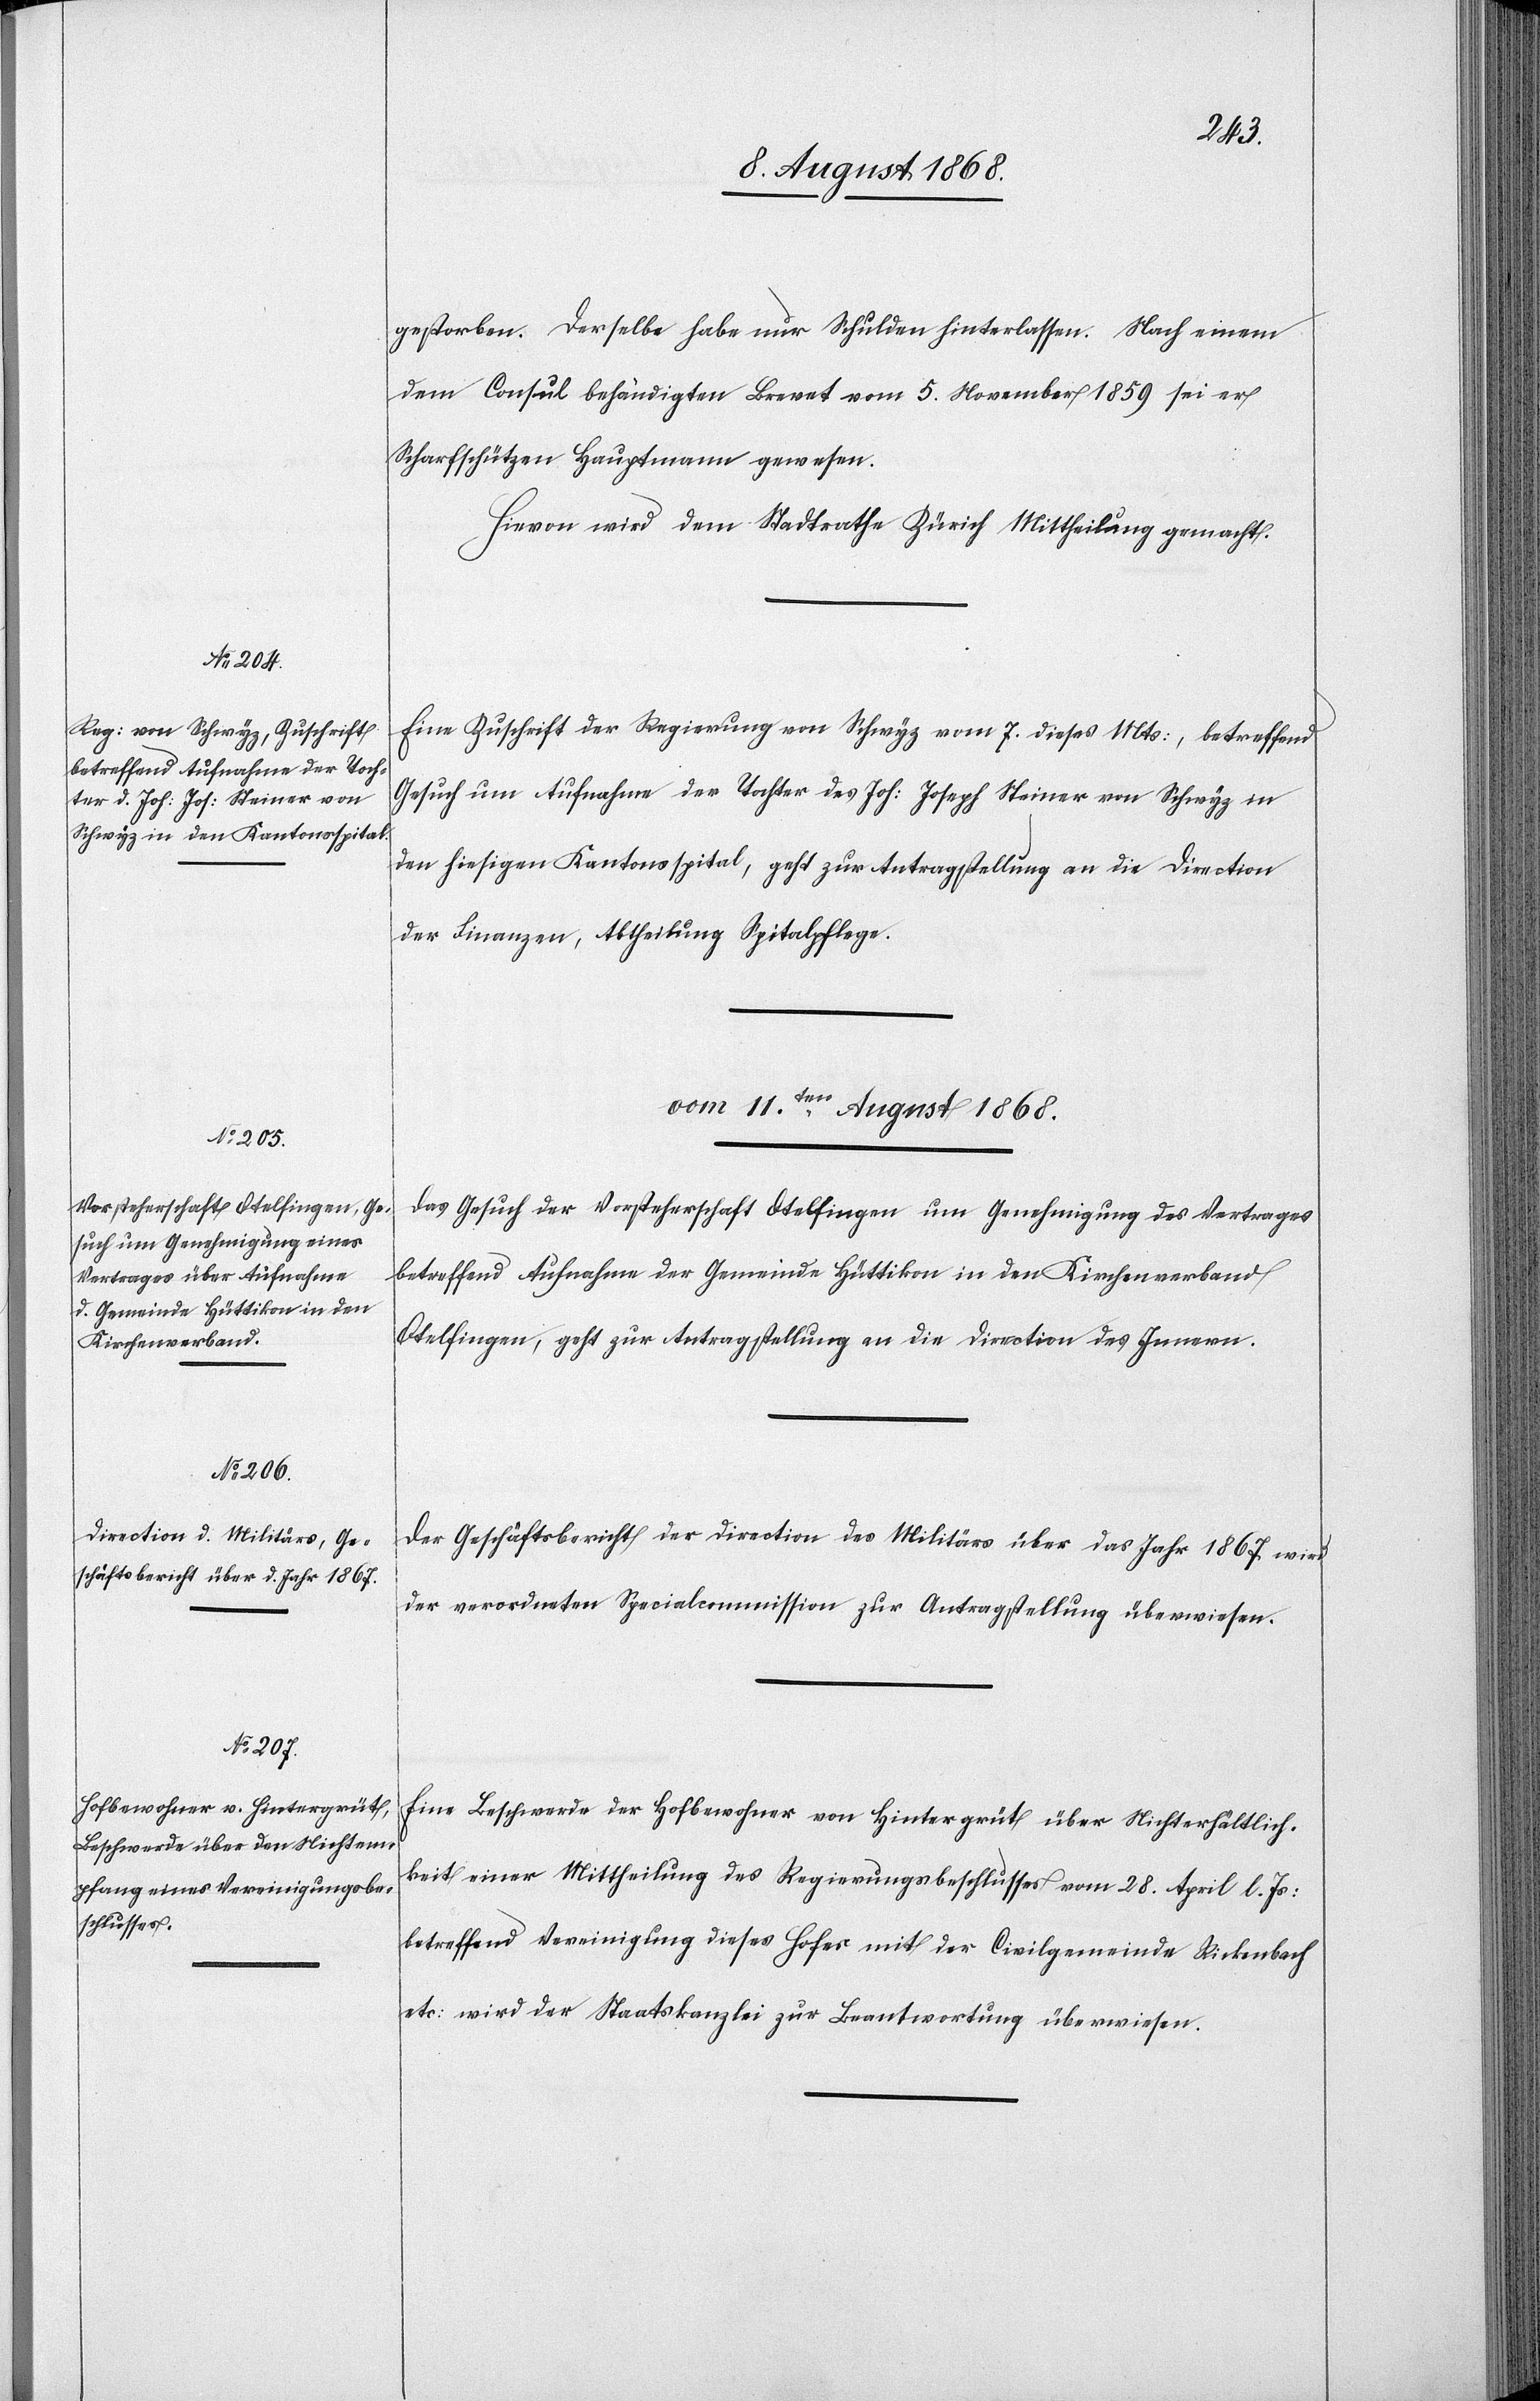
gestorben. Derselbe habe nur Schulden hinterlassen. Nach einem
dem Consul behändigten Brevet vom 5. November 1859 sei er
Scharfschützen Hauptmann gewesen.
Hievon wird dem Stadtrathe Zürich Mittheilung gemacht.
Eine Zuschrift der Regierung von Schwyz vom 7. dieses Mts:, betreffend
Gesuch um Aufnahme der Tochter des Joh: Joseph Steiner von Schwyz in
den hiesigen Kantonsspital, geht zur Antragstellung an die Direction
der Finanzen, Abtheilung Spitalpflege.
vom 11ten. August 1868.]
Das Gesuch der Vorsteherschaft Otelfingen um Genehmigung des Vertrages
betreffend Aufnahme der Gemeinde Hüttikon in den Kirchenverband
Otelfingen, geht zur Antragstellung an die Direction des Innern.
Der Geschäftsbericht der Direction des Militärs über das Jahr 1867 wird
der verordneten Specialcommission zur Antragstellung überwiesen.
Eine Beschwerde der Hofbewohner von Hintergrüt über Nichterhältlich¬
keit einer Mittheilung des Regierungsbeschlusses vom 28. April l. Js:
betreffend Vereinigung dieses Hofes mit der Civilgemeinde Rickenbach
etc: wird der Staatskanzlei zur Beantwortung überwiesen.